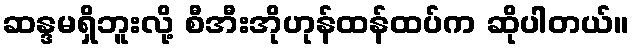
ဆန္ဒမရှိဘူးလို့ စီအီးအိုဟုန်ထန်ထပ်က ဆိုပါတယ်။